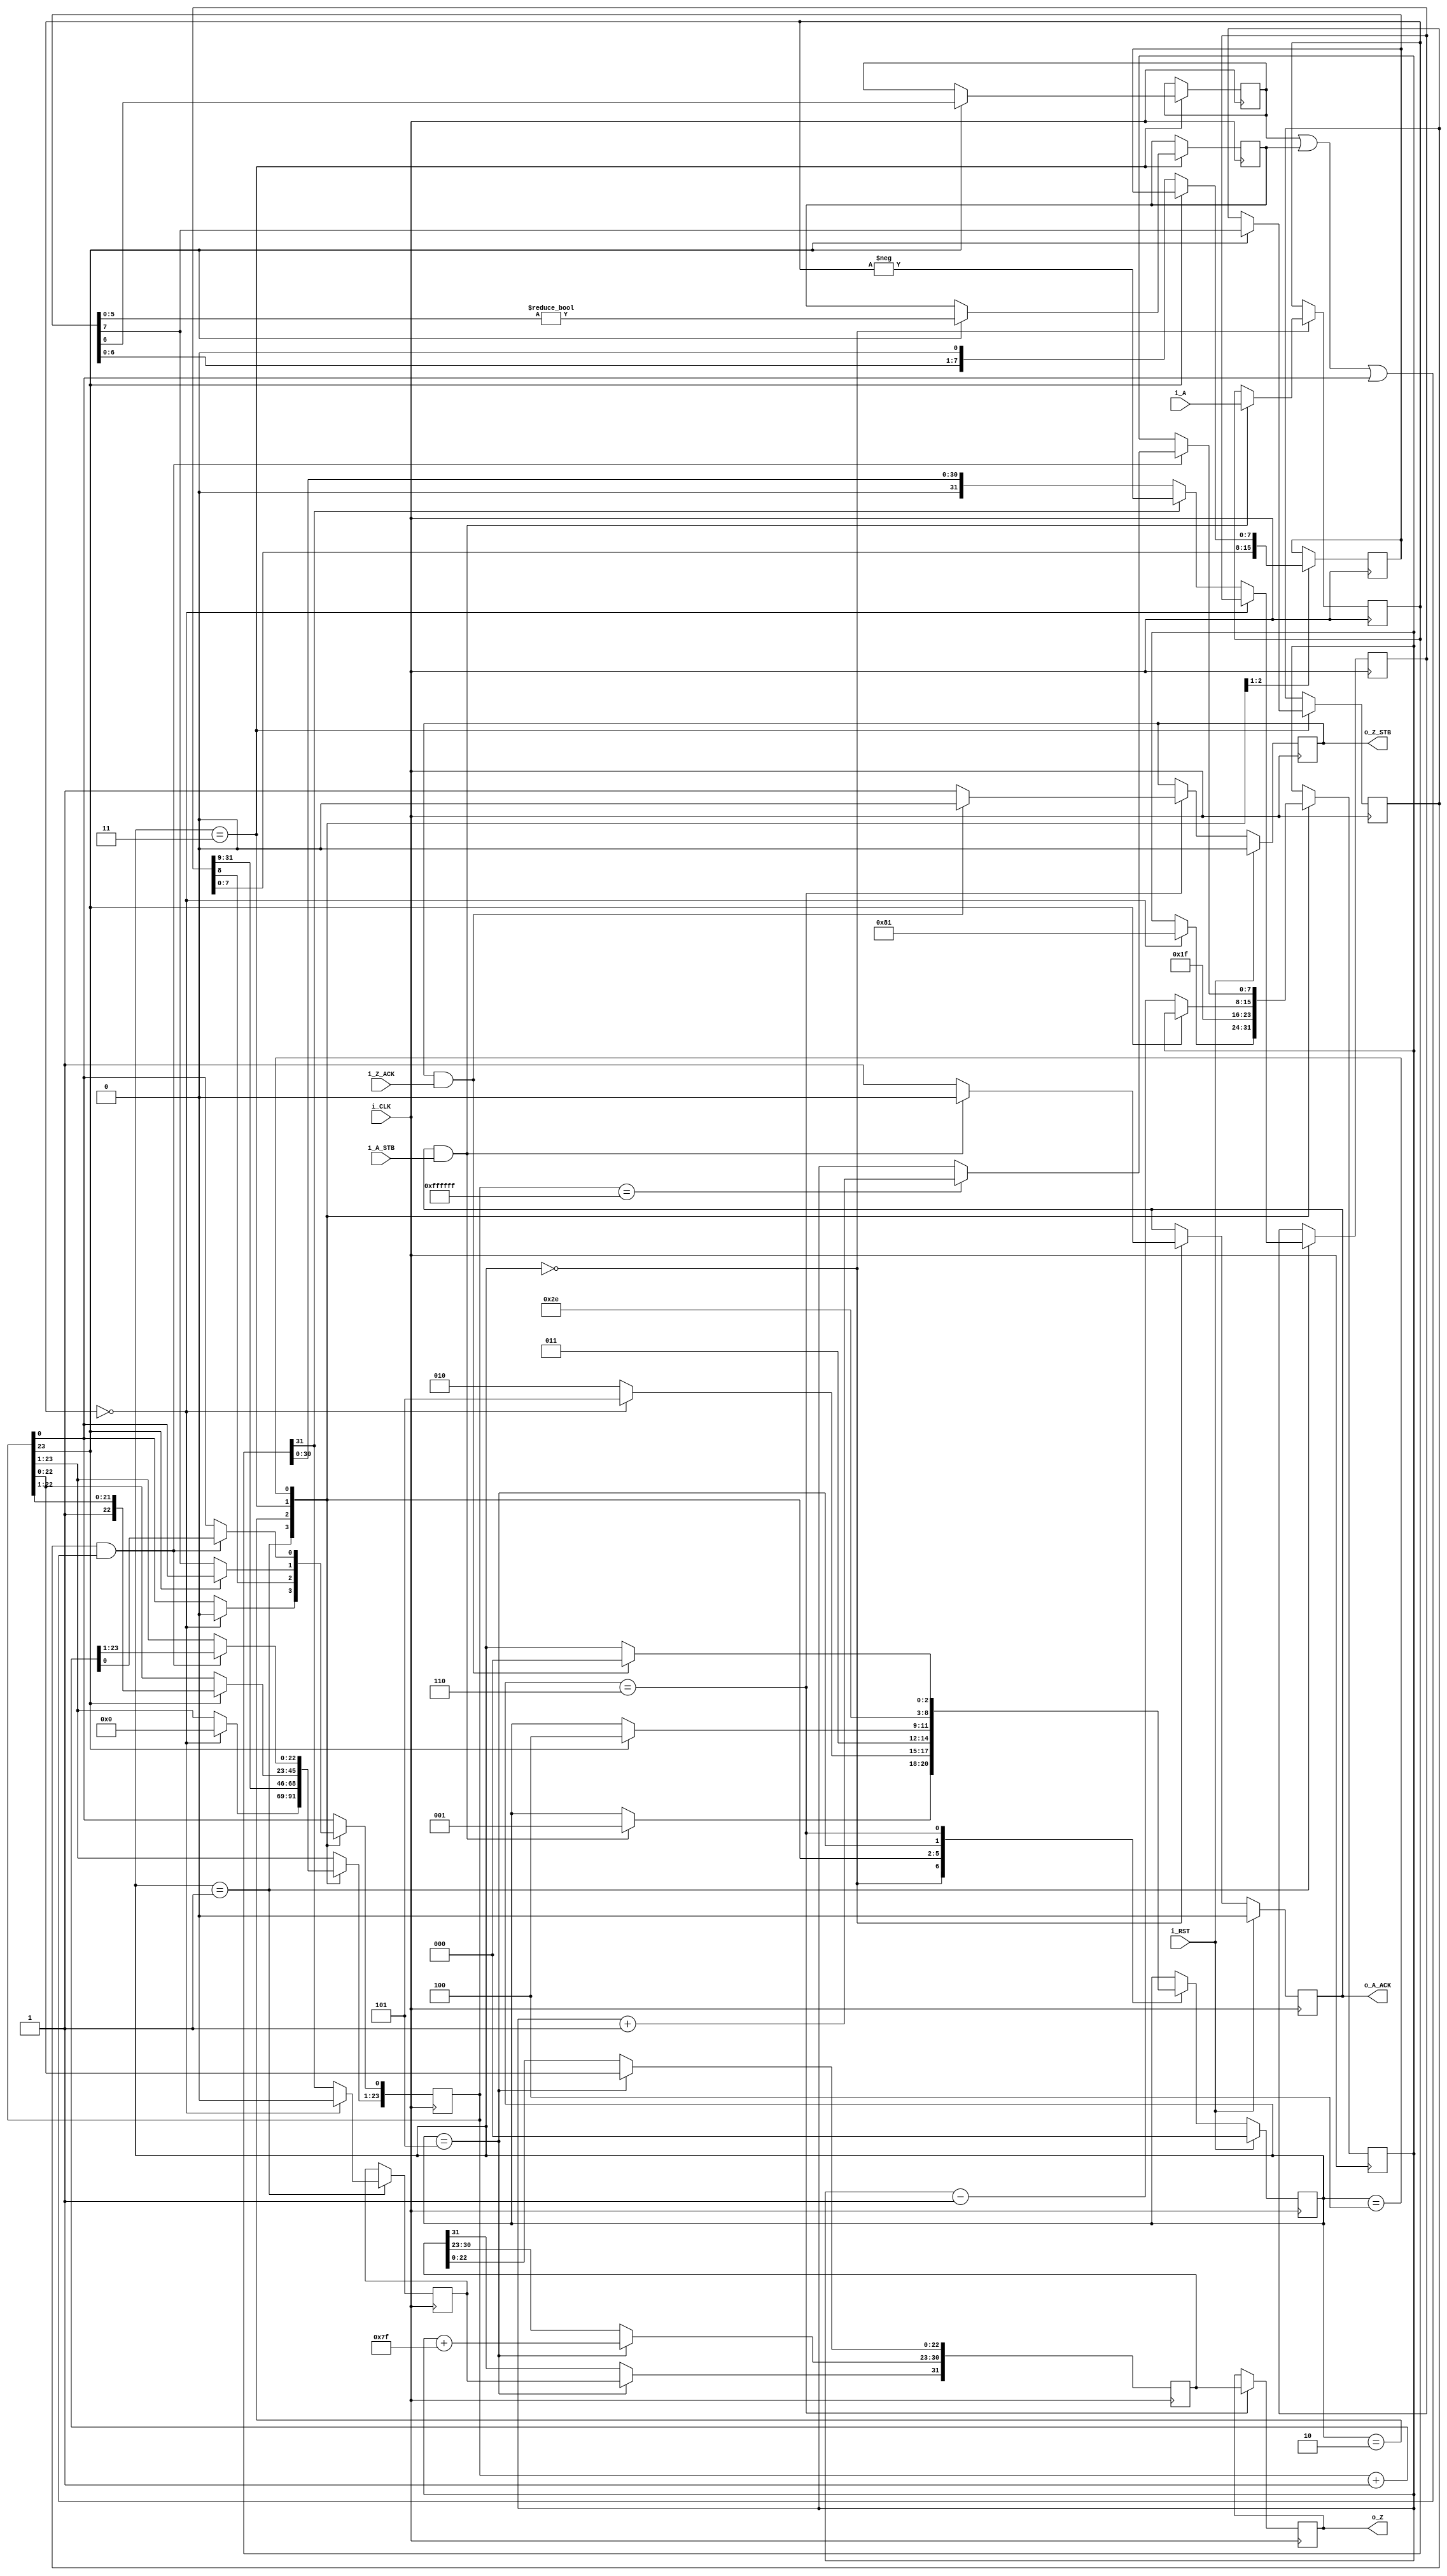
//Integer to IEEE Floating Point Converter (Single Precision)
//Copyright (C) Jonathan P Dawson 2013
//2013-12-12
module converter_i2f(
  input [31:0] i_A, // input a
  input i_A_STB, // input data is valid
  output reg o_A_ACK, // A flag that next calculation is ready
  output reg [31:0] o_Z,  // output data
  output reg o_Z_STB, // Calculation is done, and output data is valid
  input i_Z_ACK, // A flag that external module get data, so, o_Z is going to meaningless
  // it can be used as elongating o_Z_STB High (1)
  input i_CLK, // clock
  input i_RST // reset activate High(1)(asynchronous)
  );

  reg       [2:0] state;
  parameter get_a         = 3'd0,
            convert_0     = 3'd1,
            convert_1     = 3'd2,
            convert_2     = 3'd3,
            round         = 3'd4,
            pack          = 3'd5,
            put_z         = 3'd6;

  reg [31:0] a, z, value;
  reg [23:0] z_m;
  reg [7:0] z_r;
  reg [7:0] z_e;
  reg z_s;
  reg guard, round_bit, sticky;

  always @(posedge i_CLK)
  begin
    case(state)
      get_a:
      begin
        o_A_ACK <= 1;
        if (o_A_ACK && i_A_STB) begin
          a <= i_A;
          o_A_ACK <= 0;
          state <= convert_0;
        end
      end

      convert_0:
      begin
        if ( a == 0 ) begin
          z_s <= 0;
          z_m <= 0;
          z_e <= -127;
          state <= pack;
        end else begin
          value <= a[31] ? -a : a;
          z_s <= a[31];
          state <= convert_1;
        end
      end

      convert_1:
      begin
        z_e <= 31;
        z_m <= value[31:8];
        z_r <= value[7:0];
        state <= convert_2;
      end

      convert_2:
      begin
        if (!z_m[23]) begin
          z_e <= z_e - 1;
          z_m <= z_m << 1;
          z_m[0] <= z_r[7];
          z_r <= z_r << 1;
        end else begin
          guard <= z_r[7];
          round_bit <= z_r[6];
          sticky <= z_r[5:0] != 0;
          state <= round;
        end
      end

      round:
      begin
        if (guard && (round_bit || sticky || z_m[0])) begin
          z_m <= z_m + 1;
          if (z_m == 24'hffffff) begin
            z_e <=z_e + 1;
          end
        end
        state <= pack;
      end

      pack:
      begin
        z[22 : 0] <= z_m[22:0];
        z[30 : 23] <= z_e + 127;
        z[31] <= z_s;
        state <= put_z;
      end

      put_z:
      begin
        o_Z_STB <= 1;
        o_Z <= z;
        if (o_Z_STB && i_Z_ACK) begin
          o_Z_STB <= 0;
          state <= get_a;
        end
      end

    endcase

    if (i_RST == 1) begin
      state <= get_a;
      o_A_ACK <= 0;
      o_Z_STB <= 0;
    end

  end
endmodule